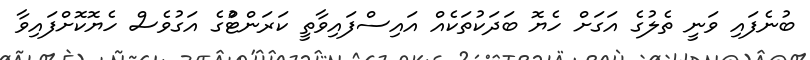
ބުނެފައި ވަނީ ތެލުގެ އަގަށް ހެޔޮ ބަދަކުތަކެއް އައިސްފައިވާތީ ކަރަންޓްުގެ އަގުވެސް ހެޔޮކޮށްފައިވާ